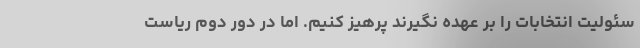
سئولیت انتخابات را بر عهده نگیرند پرهیز کنیم. اما در دور دوم ریاست